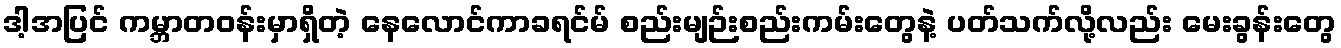
ဒါ့အပြင် ကမ္ဘာတဝန်းမှာရှိတဲ့ နေလောင်ကာခရင်မ် စည်းမျဉ်းစည်းကမ်းတွေနဲ့ ပတ်သက်လို့လည်း မေးခွန်းတွေ